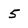
Character: 5